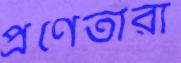
প্রণেতারা